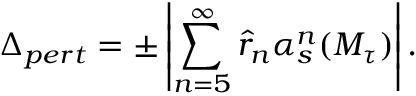
\Delta _ { p e r t } = \pm \left| \sum _ { n = 5 } ^ { \infty } \hat { r } _ { n } \alpha _ { s } ^ { n } ( M _ { \tau } ) \right| .